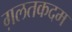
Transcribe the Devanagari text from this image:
ग़लतकदम